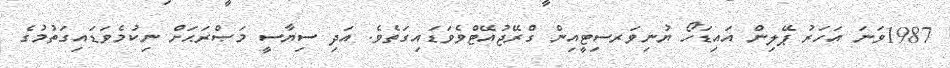
1987ވަނަ އަހަރު ޕޭލިން އައިޑަހޯ ޔުނިވަރސިޓީއިން ގްރޭޖުއޭޓްވެވަޑައިގަތެވެ. އަދި ސިޔާސީ މަޞްރަޙަށް ނިކުމެވަޑައިގަތުމުގެ